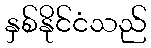
နှစ်နိုင်ငံသည်